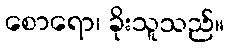
စောရော၊ ခိုးသူသည်။